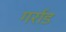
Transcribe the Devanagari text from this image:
गर्राड